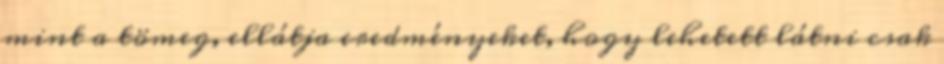
mint a tömeg, ellátja eredményeket, hogy lehetett látni csak